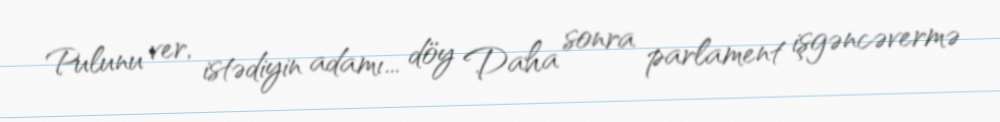
Pulunu ver, istədiyin adamı... döy Daha sonra parlament işgəncəvermə